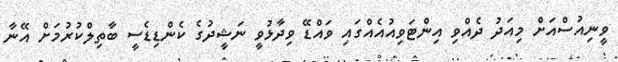
ވީނިއުސްއަށް މިއަދު ދެއްވި އިންޓަވިއުއެއްގައި ވައްޑޭ ވިދާޅުވީ ނަޝީދުގެ ކެންޑިޑެސީ ބާތިލްކުރުމަށް އޭނާ